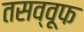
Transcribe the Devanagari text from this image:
तसव्वूफ